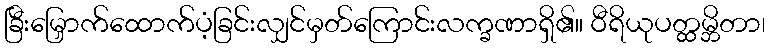
ခြီးမြှောက်ထောက်ပံ့ခြင်းလျှင်မှတ်ကြောင်းလက္ခဏာရှိ၏။ ဝီရိယုပတ္ထမ္ဘိတာ၊